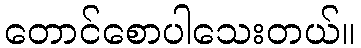
တောင်စောပါသေးတယ်။